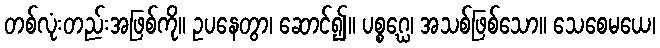
တစ်လုံးတည်းအဖြစ်ကို။ ဥပနေတွာ၊ ဆောင်၍။ ပစ္စဂ္ဃေ၊ အသစ်ဖြစ်သော။ သေစေမယေ၊